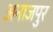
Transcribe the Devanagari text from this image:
अनाजपुर